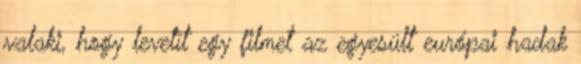
valaki, hogy levetít egy filmet az egyesült európai hadak